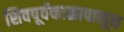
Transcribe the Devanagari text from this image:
शिवपूर्वकाळापासून